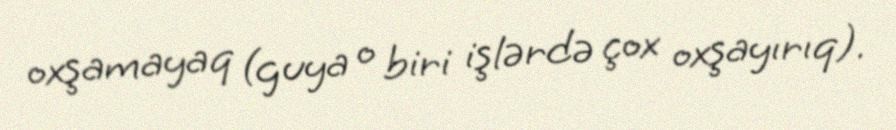
oxşamayaq (guya o biri işlərdə çox oxşayırıq).